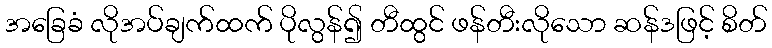
အခြေခံ လိုအပ်ချက်ထက် ပိုလွန်၍ တီထွင် ဖန်တီးလိုသော ဆန်ဒဖြင့် စိတ်